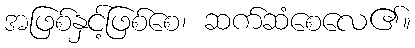
အဖြစ်နှင့်ဖြစ်စေ၊ ဆက်ဆံစေလေ၏။